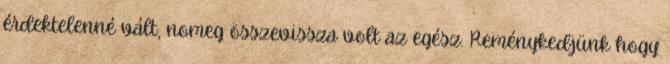
érdektelenné vált, nomeg összevissza volt az egész. Reménykedjünk hogy